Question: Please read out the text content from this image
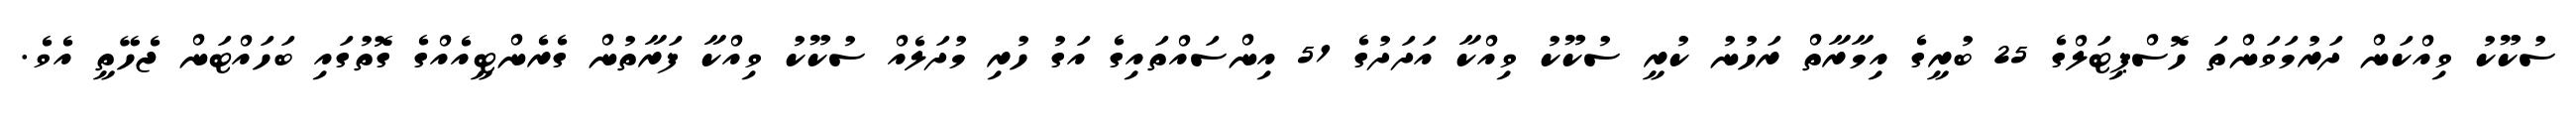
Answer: ސުކޫކު ވިއްކަން ދަރުމަވަންތަ ހޮސްޕިޓަލްގެ 25 ބުރީގެ އިމާރާތް ރަހުނު ކުރީ ސުކޫކު ވިއްކާ އަދަދުގެ 51 އިންސައްތައިގެ އަގު ހުރި މުދަލެއް ސުކޫކު ވިއްކާ ފަރާތުން ގެރެންޓީއެއްގެ ގޮތުގައި ބަހައްޓަން ޖެހޭތީ އެވެ.